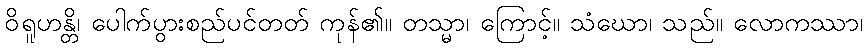
ဝိရူဟန္တိ၊ ပေါက်ပွားစည်ပင်တတ် ကုန်၏။ တသ္မာ၊ ကြောင့်။ သံဃော၊ သည်။ လောကဿာ၊